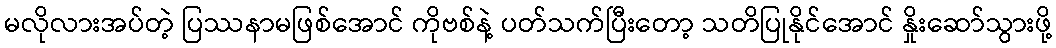
မလိုလားအပ်တဲ့ ပြဿနာမဖြစ်အောင် ကိုဗစ်နဲ့ ပတ်သက်ပြီးတော့ သတိပြုနိုင်အောင် နှိုးဆော်သွားဖို့